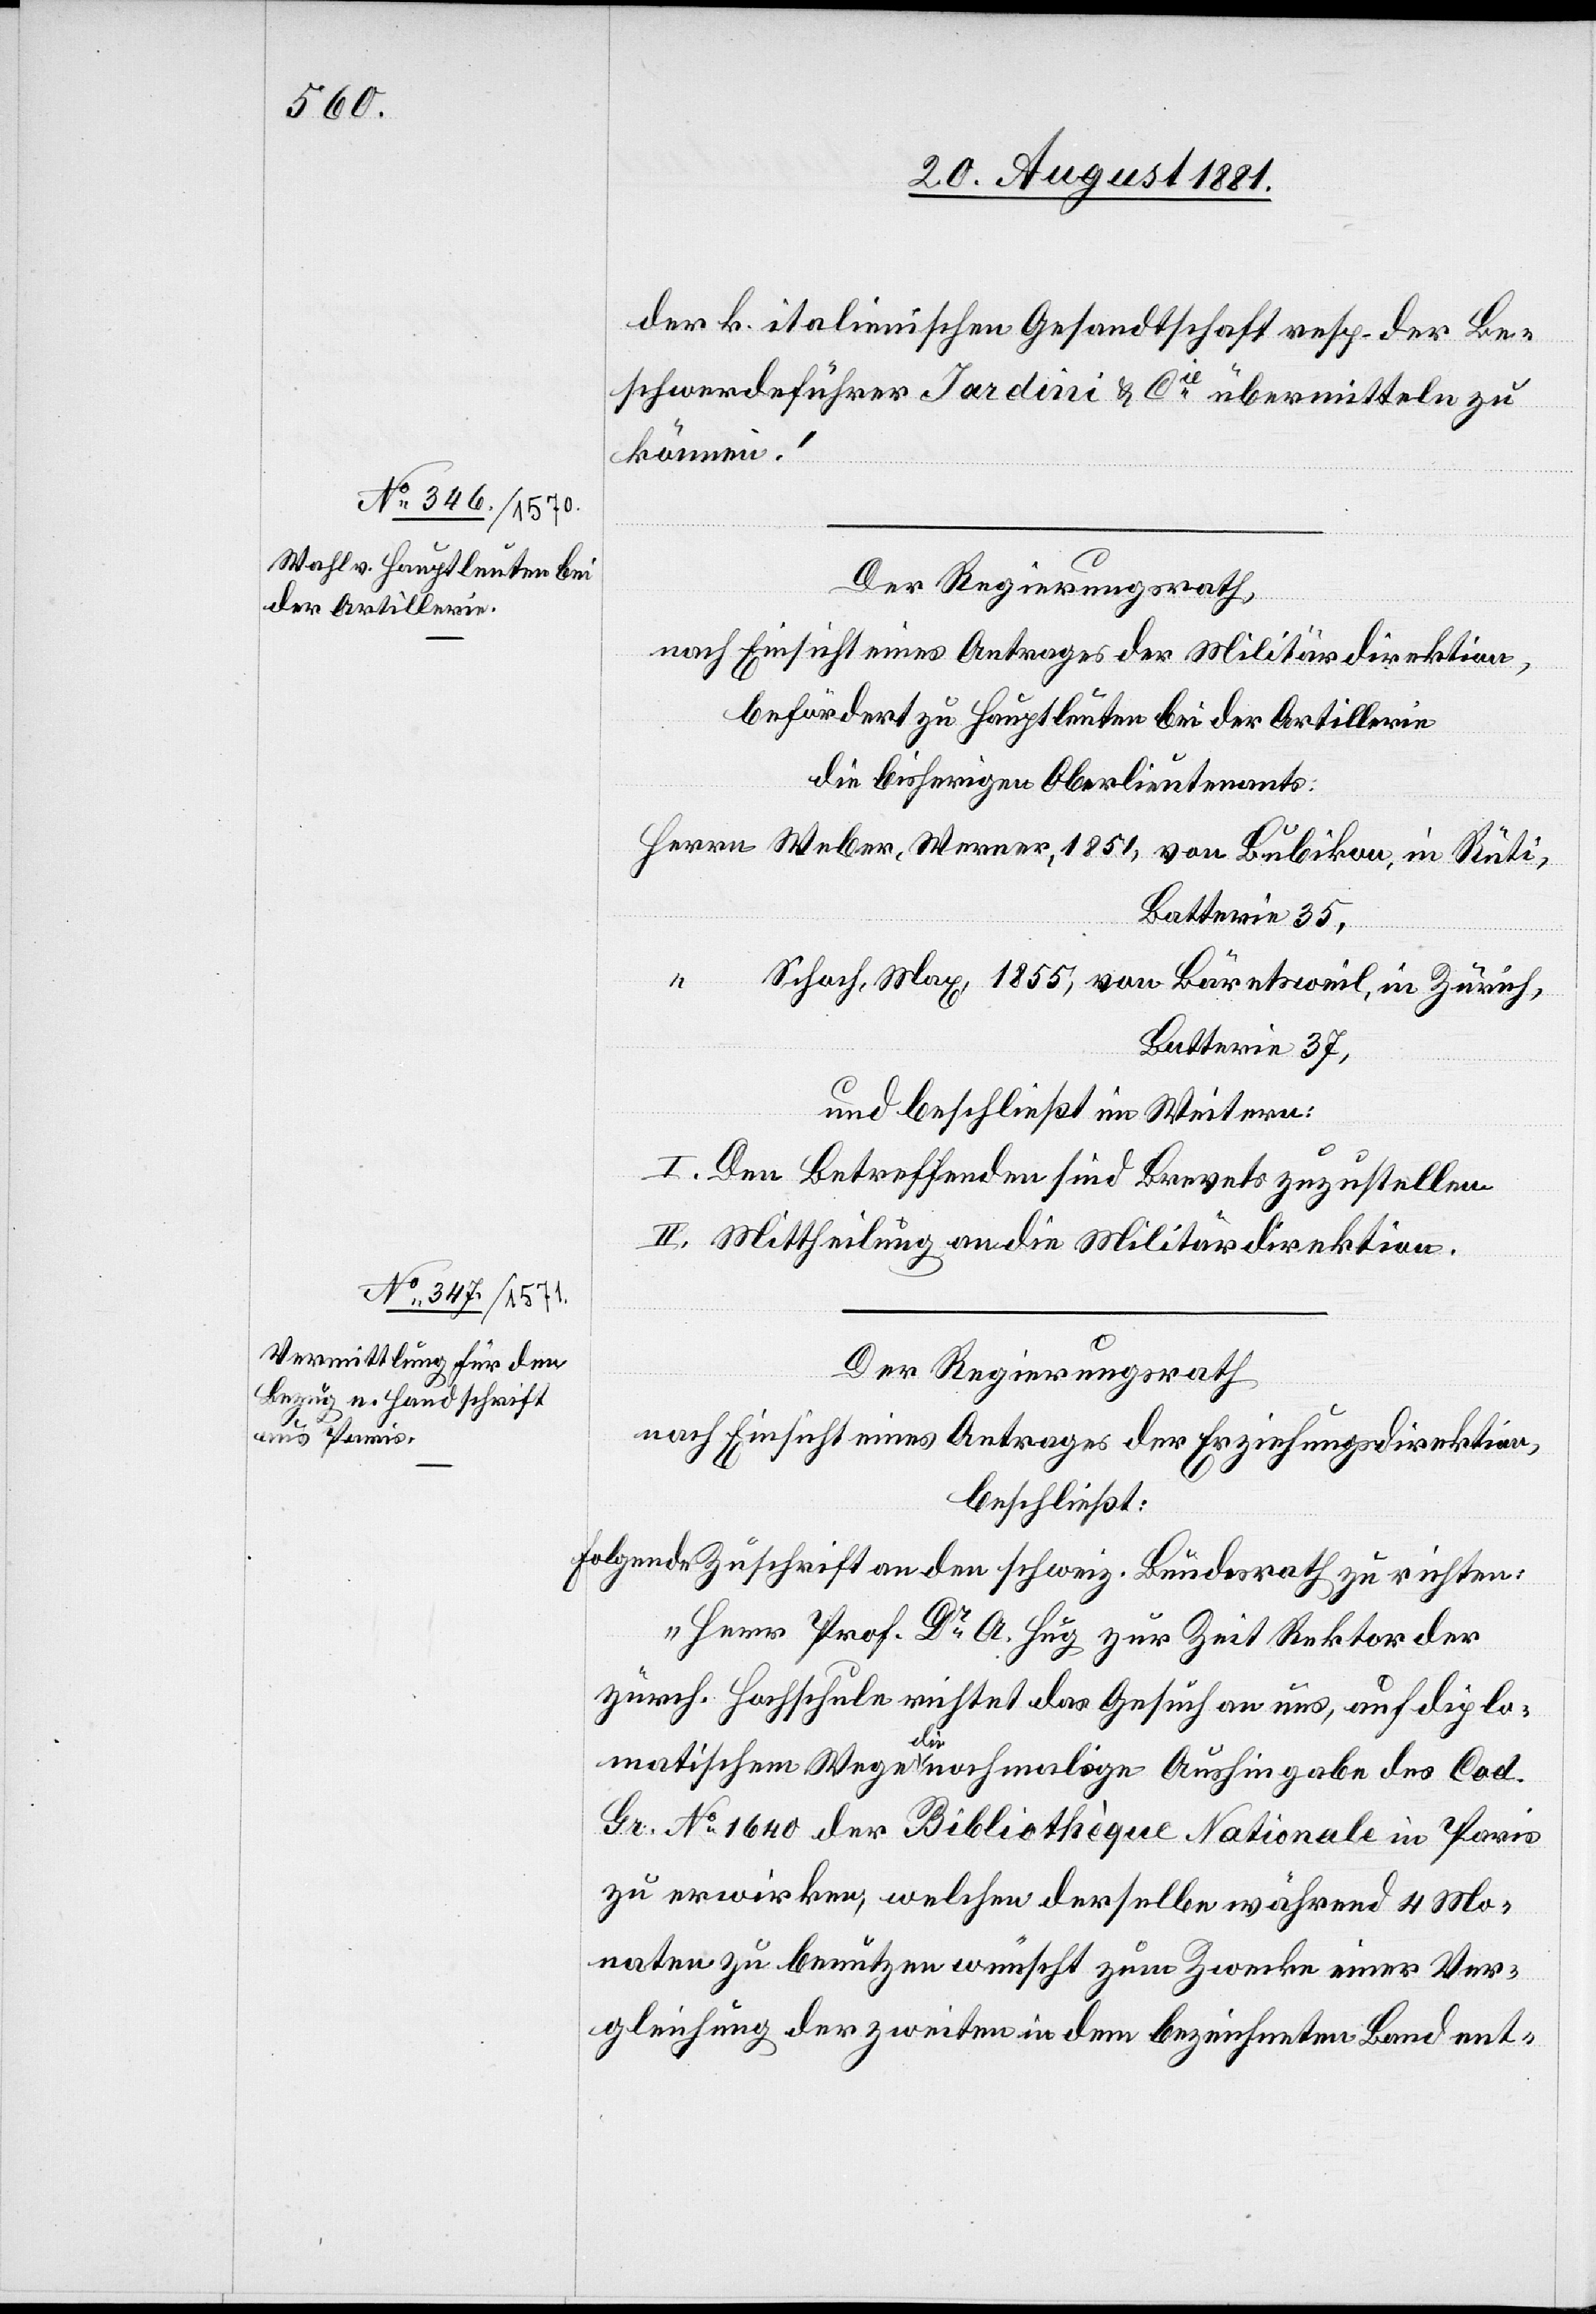
Weber, Werner,

24. August 1881.]
der k. italienischen Gesandtschaft resp. der Be¬
schwerdeführer Jardini & Cie übermitteln zu
können.“
Der Regierungsrath,
nach Einsicht eines Antrages der Militärdirektion,
befördert zu Hauptleuten bei der Artillerie
die bisherigen Oberlieutenants:
Schach, Max, 1855, von Bäretsweil, in Zürich,
Batterie 37,
und beschließt im Weitern:
I. Den Betreffenden sind Brevets zuzustellen.
II. Mittheilung an die Militärdirektion.
Der Regierungsrath[,]
nach Einsicht eines Antrages der Erziehungsdirektion,
beschließt:
Folgende Zuschrift an den schweiz. Bundesrath zu richten:
„Herr Prof. Dr A. Hug zur Zeit Rektor der
zürch. Hochschule richtet das Gesuch an uns, auf diplo¬
matischem Wege die nochmalige Aushingabe des Cad.
Gr. No 1640 der Bibliothèque Nationale in Paris
zu erwirken, welche derselbe während 4 Mo¬
naten zu benutzen wünscht zum Zwecke einer Ver¬
gleichung der zweiten in dem bezeichneten Band ent-